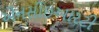
એનસીઇઆરટી